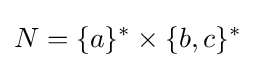
N=\{a\}^{*}\times \{b,c\}^{*}